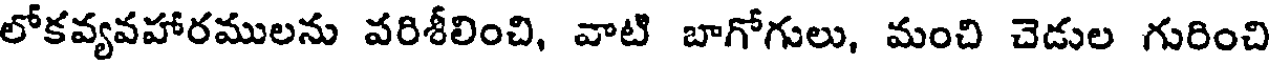
లోకవ్యవహారములను పరిశీలించి, వాటి బాగోగులు, మంచి చెడుల గురించి